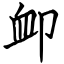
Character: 卹